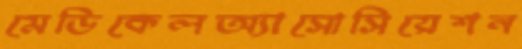
মেডিকেলঅ্যাসোসিয়েশন